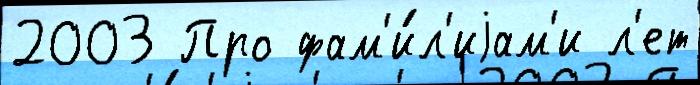
2003 Про фам'и́л'иjам'и л'ет